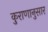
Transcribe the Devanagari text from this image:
कुराणानुसार